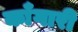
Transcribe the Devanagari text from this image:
काँगारी